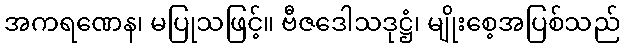
အကရဏေန၊ မပြုသဖြင့်။ ဗီဇဒေါသဒုဋ္ဌံ၊ မျိုးစေ့အပြစ်သည်